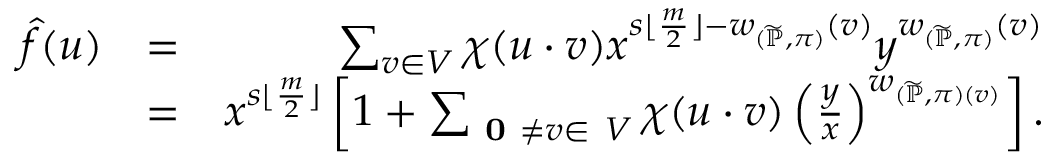
\begin{array} { r l r } { \hat { f } ( \boldsymbol { u } ) } & { = } & { \sum _ { \boldsymbol { v } \in V } \chi ( \boldsymbol { u } \cdot \boldsymbol { v } ) x ^ { s \lfloor \frac { m } { 2 } \rfloor - w _ { ( \widetilde { \mathbb { P } } , \pi ) } ( \boldsymbol { v } ) } y ^ { w _ { ( \widetilde { \mathbb { P } } , \pi ) } ( \boldsymbol { v } ) } } \\ & { = } & { x ^ { s \lfloor \frac { m } { 2 } \rfloor } \left[ 1 + \sum _ { \textbf { 0 } \neq \boldsymbol { v } \in \ V } \chi ( \boldsymbol { u } \cdot \boldsymbol { v } ) \left( \frac { y } { x } \right) ^ { w _ { ( \widetilde { \mathbb { P } } , \pi ) ( \boldsymbol { v } ) } } \right] . } \end{array}